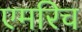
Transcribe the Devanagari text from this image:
एमरिच